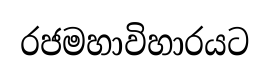
රජමහාවිහාරයට